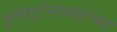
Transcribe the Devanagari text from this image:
इलेक्ट्रॉनकक्षांच्या